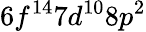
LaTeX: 6f^{14}7d^{10}8p^{2}